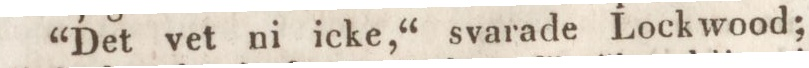
“Det vet ni icke,“ svarade Lockwood;